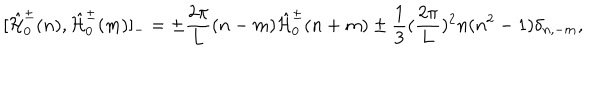
[ \hat { \cal H } _ { 0 } ^ { \pm } ( n ) , \hat { \cal H } _ { 0 } ^ { \pm } ( m ) ] _ { - } = \pm \frac { 2 \pi } { 2 \pi } { L } ( n - m ) \hat { \cal H } _ { 0 } ^ { \pm } ( n + m ) \pm \frac { 1 } { 3 } ( \frac { 2 \pi } { 2 \pi } { L } ) ^ { 2 } n ( n ^ { 2 } - 1 ) \delta _ { n , - m } , \,